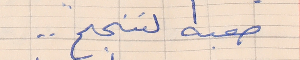
صعبه لننجح . .